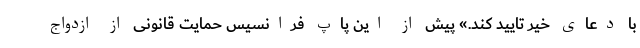
با دعای خیر تایید کند.» پیش از این پاپ فرانسیس حمایت قانونی از ازدواج